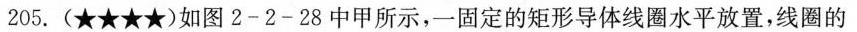
205.(★★★★)如图2-2-28中甲所示，一固定的矩形导体线圈水平放置，线圈的